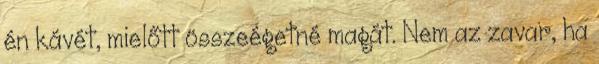
én kávét, mielőtt összeégetné magát. Nem az zavar, ha